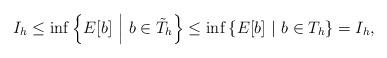
LaTeX: \begin{align*}I_h \leq \inf\left\{E[b]\ \middle|\ b\in \tilde{T}_h \right\} \leq \inf\left\{E[b]\ \middle|\ b\in T_h \right\}=I_h,\end{align*}